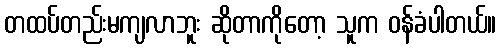
တထပ်တည်းမကျလာဘူး ဆိုတာကိုတော့ သူက ဝန်ခံပါတယ်။